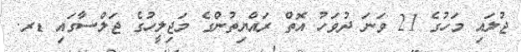
ޖުލައި މަހުގެ 21 ވަނަ ދުވަހު އޮތް ރައްޔިތުންގެ މަޖިލީހުގެ ޖަލްސާގައި ޑރ.